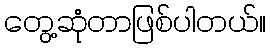
တွေ့ဆုံတာဖြစ်ပါတယ်။